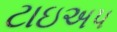
ટાઇઅપ